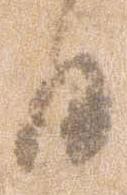
日